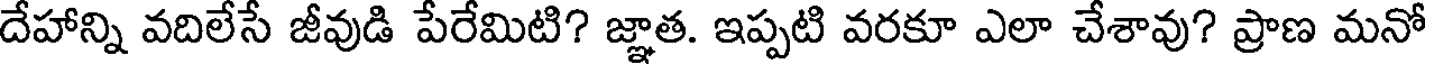
దేహాన్ని వదిలేసే జీవుడి పేరేమిటి? జ్ఞాత. ఇప్పటి వరకూ ఎలా చేశావు? ప్రాణ మనో